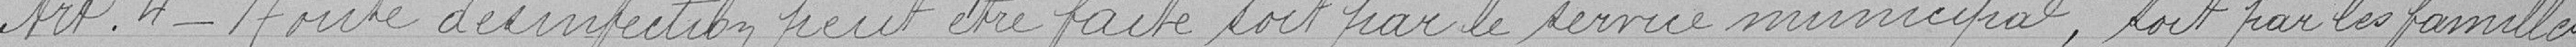
Article 4 - Toute désinfection peut être faite soit par le service municipal, soit par les familles